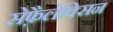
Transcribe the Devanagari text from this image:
सेफ़ैलेक्सिन